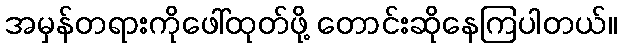
အမှန်တရားကိုဖေါ်ထုတ်ဖို့ တောင်းဆိုနေကြပါတယ်။